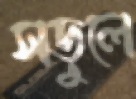
সড়ুলে